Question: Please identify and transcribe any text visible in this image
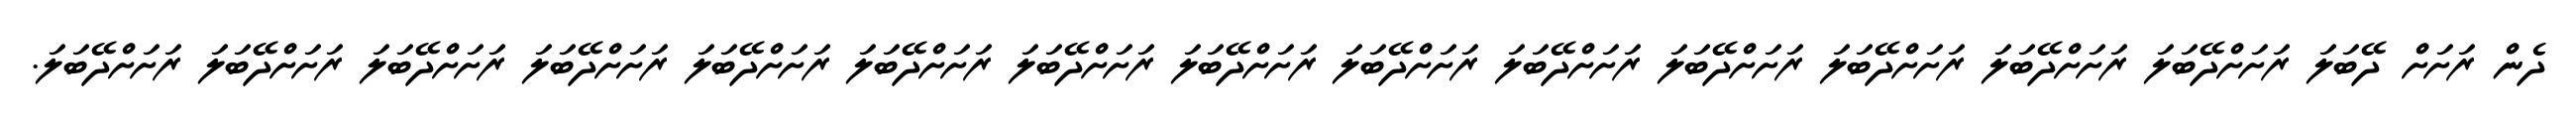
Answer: ދެން ރަށަށް ދޭބަލަ ރަށަށްދޭބަލަ ރަށަށްދޭބަލަ ރަށަށްދޭބަލަ ރަށަށްދޭބަލަ ރަށަށްދޭބަލަ ރަށަށްދޭބަލަ ރަށަށްދޭބަލަ ރަށަށްދޭބަލަ ރަށަށްދޭބަލަ ރަށަށްދޭބަލަ ރަށަށްދޭބަލަ ރަށަށްދޭބަލަ ރަށަށްދޭބަލަ ރަށަށްދޭބަލަ.